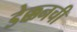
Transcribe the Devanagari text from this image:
डेक्कनची